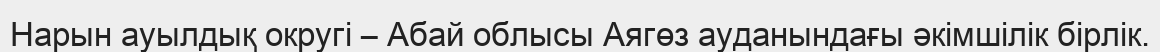
Нарын ауылдық округі – Абай облысы Аягөз ауданындағы әкімшілік бірлік.